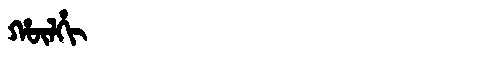
Manchu: ᡥᡡᠯᡥᡳ
Romanization: HŪLHI